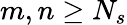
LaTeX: m,n\geq N_{s}